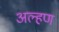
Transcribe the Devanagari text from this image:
अल्हण